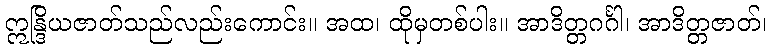
ဣန္ဒြိယဇာတ်သည်လည်းကောင်း။ အထ၊ ထိုမှတစ်ပါး။ အာဒိတ္တဂင်္ဂါ၊ အာဒိတ္တဇာတ်၊